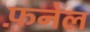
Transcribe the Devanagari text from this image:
फ़नेल